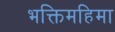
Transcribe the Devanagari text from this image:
भक्तिमहिमा